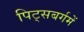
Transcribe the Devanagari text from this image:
पिट्सबर्गमें